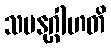
သမနုဂ္ဂါဟတိ